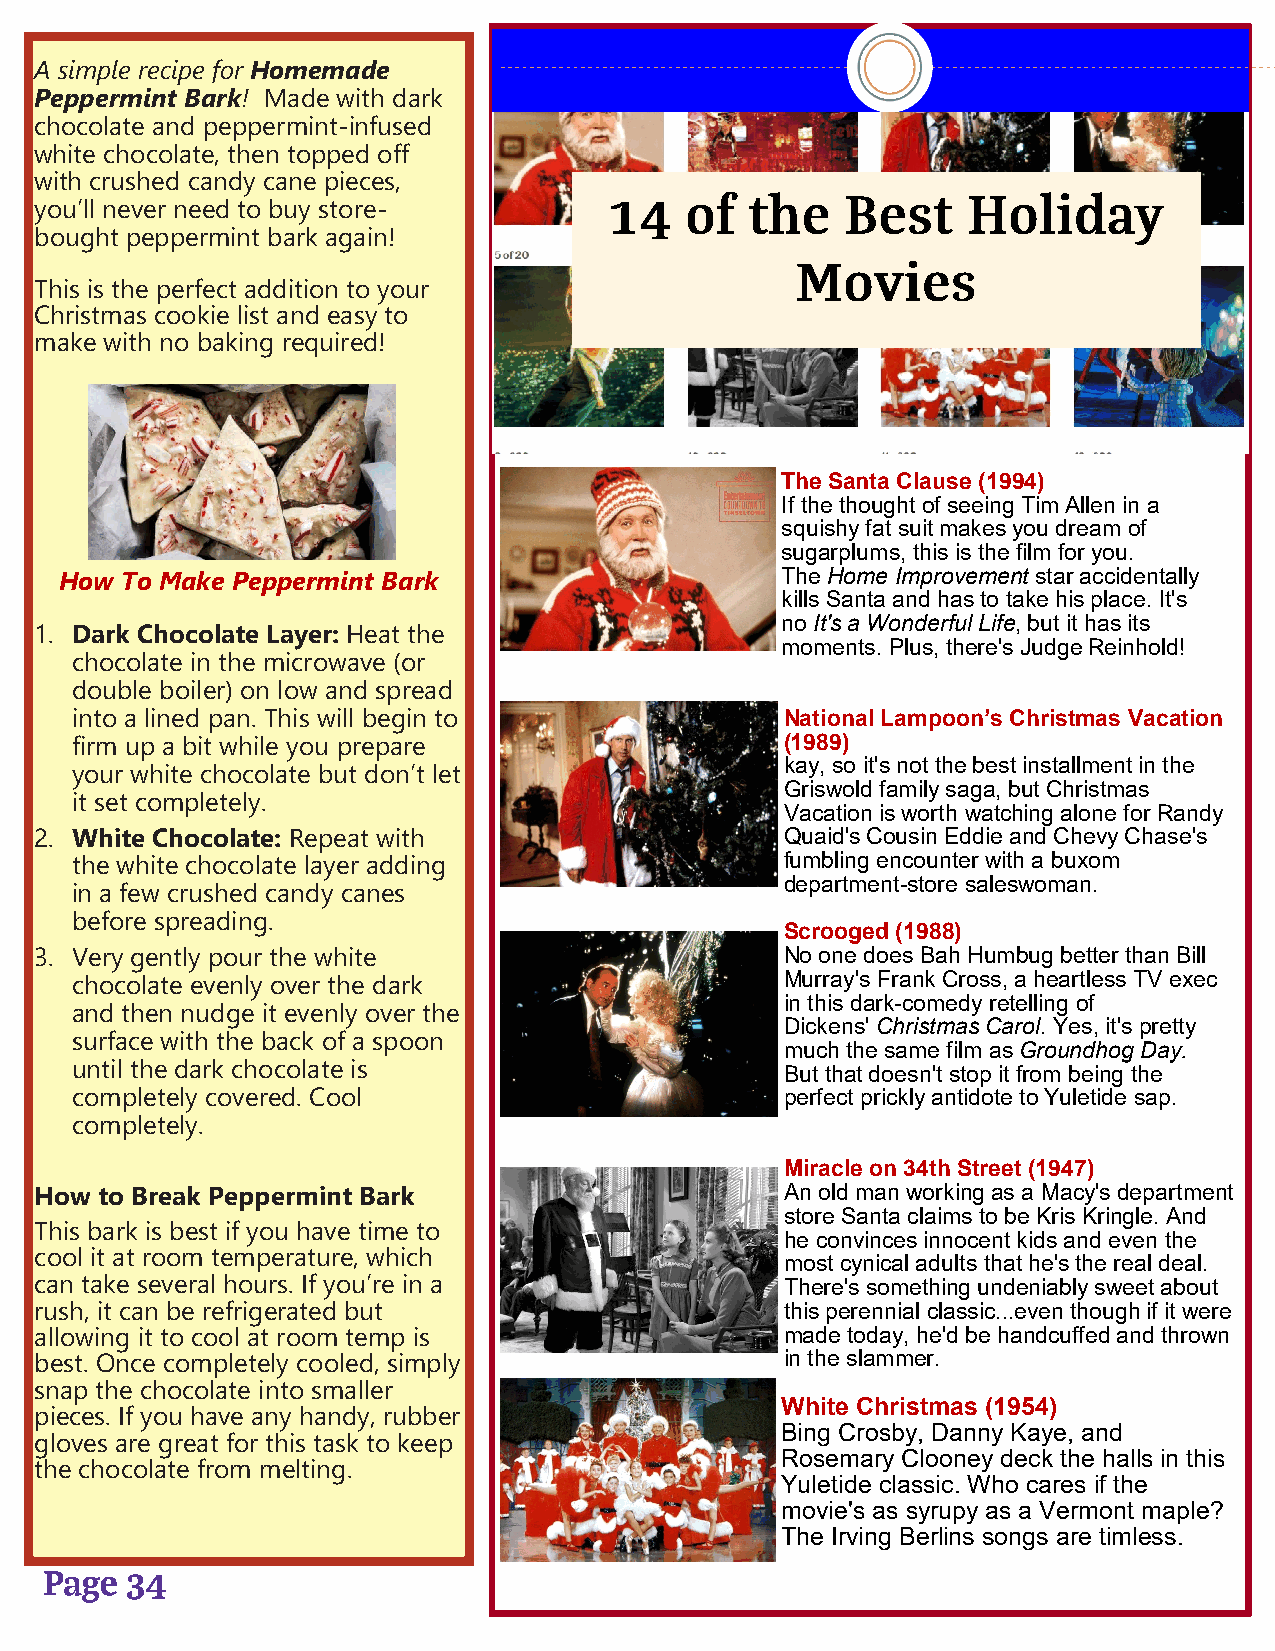
A simple recipe for Homemade
 Peppermint Bark! Made with dark
 chocolate and peppermint-infused
 white chocolate, then topped off
 with crushed candy cane pieces,
 you’ll never need to buy store-
 bought peppermint bark again!
 This is the perfect addition to your
 Christmas cookie list and easy to
 make with no baking required!
 The Santa Clause (1994)
 If the thought of seeing Tim Allen in a
 squishy fat suit makes you dream of
 sugarplums, this is the film for you.
 How To Make Peppermint Bark                     The Home Improvement star accidentally
 kills Santa and has to take his place. It's
 no It's a Wonderful Life, but it has its
 1. Dark Chocolate Layer: Heat the
 moments. Plus, there's Judge Reinhold!
 chocolate in the microwave (or
 double boiler) on low and spread
 into a lined pan. This will begin to           National Lampoon’s Christmas Vacation
 firm up a bit while you prepare                (1989)
 kay, so it's not the best installment in the
 your white chocolate but don’t let
 Griswold family saga, but Christmas
 it set completely.
 Vacation is worth watching alone for Randy
 2. White Chocolate: Repeat with                   Quaid's Cousin Eddie and Chevy Chase's
 the white chocolate layer adding               fumbling encounter with a buxom
 department-store saleswoman.
 in a few crushed candy canes
 before spreading.
 Scrooged (1988)
 3. Very gently pour the white                     No one does Bah Humbug better than Bill
 chocolate evenly over the dark                 Murray's Frank Cross, a heartless TV exec
 in this dark-comedy retelling of
 and then nudge it evenly over the
 Dickens' Christmas Carol. Yes, it's pretty
 surface with the back of a spoon
 much the same film as Groundhog Day.
 until the dark chocolate is                    But that doesn't stop it from being the
 completely covered. Cool                       perfect prickly antidote to Yuletide sap.
 completely.
 Miracle on 34th Street (1947)
 How  to Break Peppermint Bark                     An old man working as a Macy's department
 store Santa claims to be Kris Kringle. And
 This bark is best if you have time to
 he convinces innocent kids and even the
 cool it at room temperature, which
 most cynical adults that he's the real deal.
 can take several hours. If you’re in a            There's something undeniably sweet about
 rush, it can be refrigerated but                  this perennial classic...even though if it were
 allowing it to cool at room temp is               made today, he'd be handcuffed and thrown
 best. Once completely cooled, simply              in the slammer.
 snap the chocolate into smaller
 White Christmas (1954)
 pieces. If you have any handy, rubber
 Bing Crosby, Danny Kaye, and
 gloves are great for this task to keep
 Rosemary Clooney deck the halls in this
 the chocolate from melting.
 Yuletide classic. Who cares if the
 movie's as syrupy as a Vermont maple?
 The Irving Berlins songs are timless.